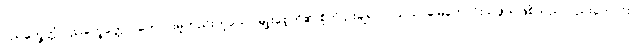
ပုညက္ခေတ္တံ ပုညက္ခေတ္တော၊ ကောင်းမှုတည်းဟူသော မျိုးစေ့တို့၏ စိုက်ပျိုးချရာလယ်ယာမြေကောင်းသဖွယ်ဖြစ်သည်လည်းကောင်း။